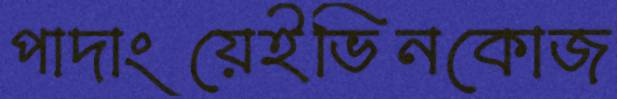
পাদাংয়েইভিনকোজ